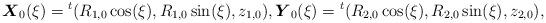
LaTeX: \begin{align*}\mbox{\mathversion{bold}$X$}_{0}(\xi )={}^{t}(R_{1,0}\cos(\xi), R_{1,0}\sin(\xi), z_{1,0}), \mbox{\mathversion{bold}$Y$}_{0}(\xi)={}^{t}(R_{2,0}\cos(\xi), R_{2,0}\sin (\xi), z_{2,0}),\end{align*}